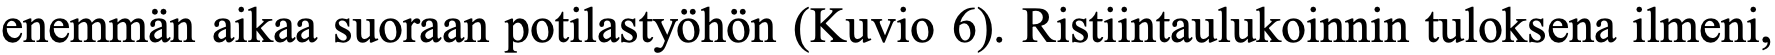
enemmän aikaa suoraan potilastyöhön (Kuvio 6). Ristiintaulukoinnin tuloksena ilmeni,